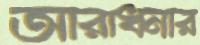
আরাধনার